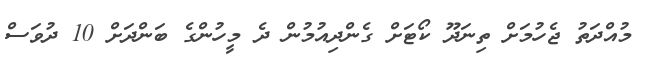
މުއްދަތު ޖެހުމަށް ތިނަދޫ ކޯޓަށް ގެންދިއުމުން ދެ މީހުންގެ ބަންދަށް 10 ދުވަސް